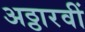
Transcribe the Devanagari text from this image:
अठ्ठारवीं